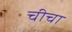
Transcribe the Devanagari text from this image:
चीचा